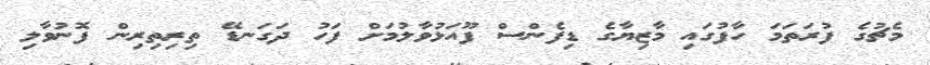
މެޗުގެ ފުރަތަމަ ހާފުގައި މާޒިޔާގެ ޑިފެންސް ފޫއަޅުވާލުމަށް ފަހު ދަގަނޑޭ ތިރިތިރިން ފޮނުވާލި